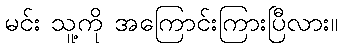
မင်း သူ့ကို အကြောင်းကြားပြီလား။